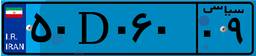
۵۰D۰۶۰۰۹